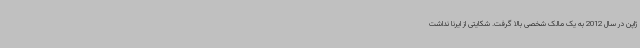
ژاپن در سال 2012 به یک مالک شخصی بالا گرفت. شکایتی از ایرنا نداشت